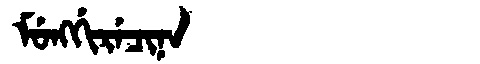
Manchu: ᠮᡠᠩᡤᡳᡵᡝᠴᡳᠨᠠ
Romanization: MUNGGIRECINA